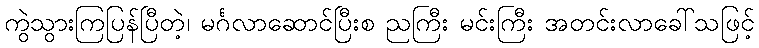
ကွဲသွားကြပြန်ပြီတဲ့၊ မင်္ဂလာဆောင်ပြီးစ ညကြီး မင်းကြီး အတင်းလာခေါ်သဖြင့်